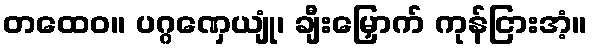
တထေဝ။ ပဂ္ဂဏှေယျုံ၊ ချီးမြှောက် ကုန်ငြားအံ့။